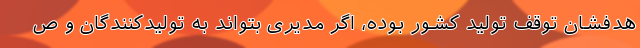
هدفشان توقف تولید کشور بوده، اگر مدیری بتواند به تولیدکنندگان و ص